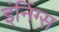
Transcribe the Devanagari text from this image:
इंनिंग्स